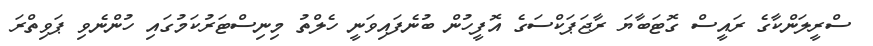
ސްރީލަންކާގެ ރައީސް ގޮޓަބާޔަ ރާޖަޕަކްސަގެ އޮފީހުން ބުނެފައިވަނީ ހެލްތު މިނިސްޓަރުކަމުގައި ހުންނެވި ޕަވިތްރަ